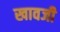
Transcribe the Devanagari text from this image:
खावजी